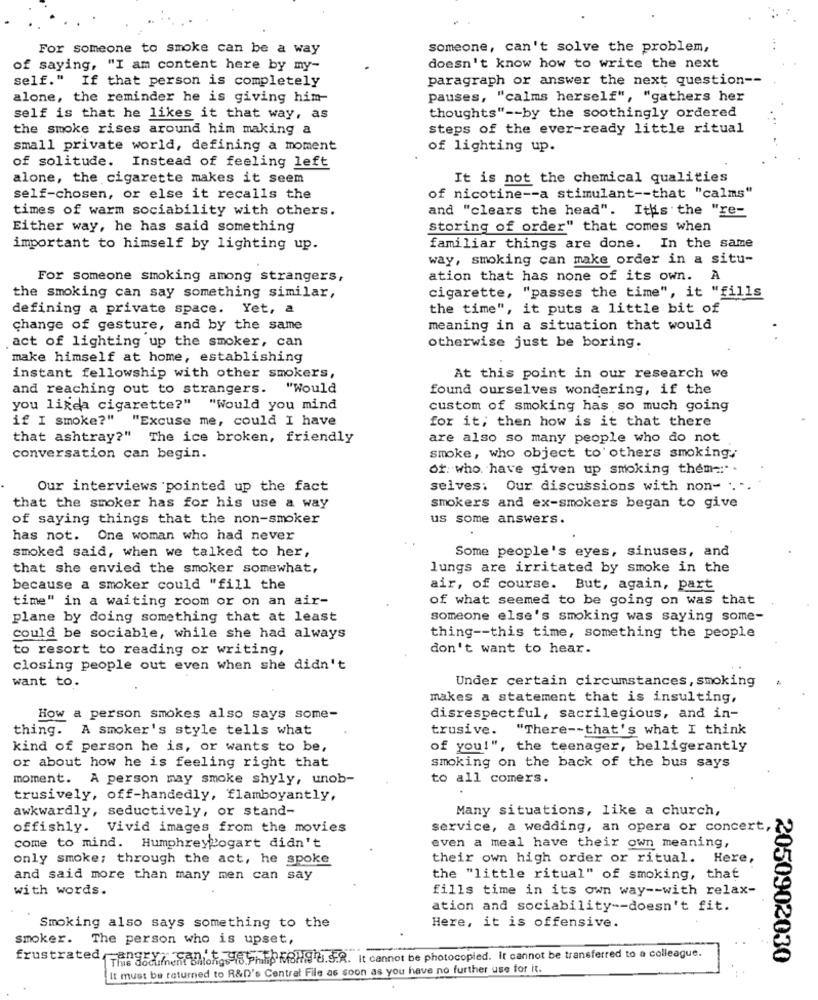
For someone to smoke can be a way
someone, can't solve the problem,
of saying, "I am content here by my-
doesn't know how to write the next
self." If that person is completely
paragraph or answer the next question --
alone, the reminder he is giving him-
pauses, "calms herself", "gathers her
self is that he likes it that way, as
thoughts" -- by the soothingly ordered
the smoke rises around him making a
steps of the ever-ready little ritual
small private world, defining a moment
of lighting up.
of solitude. Instead of feeling left
alone, the cigarette makes it seem
It is not the chemical qualities
self-chosen, or else it recalls the
of nicotine -- a stimulant -- that "calms"
times of warm sociability with others.
and "clears the head". It's the "re-
Either way, he has said something
storing of order" that comes when
important to himself by lighting up.
familiar things are done. In the same
way, smoking can make order in a situ-
For someone smoking among strangers,
ation that has none of its own. A
the smoking can say something similar,
cigarette, "passes the time", it "fills
defining a private space. Yet, a
the time", it puts a little bit of
change of gesture, and by the same
meaning in a situation that would
act of lighting up the smoker, can
otherwise just be boring.
make himself at home, establishing
instant fellowship with other smokers,
At this point in our research we
and reaching out to strangers. "Would
found ourselves wondering, if the
you likea cigarette?" "Would you mind
custom of smoking has so much going
if I smoke?" "Excuse me, could I have
for it; then how is it that there
that ashtray?" The ice broken, friendly
are also so many people who do not
conversation can begin.
smoke, who object to others smoking,
of who have given up smoking them -: ".
Our interviews pointed up the fact
selves: Our discussions with non- ....
that the smoker has for his use a way
smokers and ex-smokers began to give
of saying things that the non-smoker
us some answers.
has not. One woman who had never
smoked said, when we talked to her,
Some people's eyes, sinuses, and
that she envied the smoker somewhat,
lungs are irritated by smoke in the
because a smoker could "fill the
air, of course. But, again, part
time" in a waiting room or on an air-
of what seemed to be going on was that
plane by doing something that at least
someone else's smoking was saying some-
could be sociable, while she had always
thing -- this time, something the people
to resort to reading or writing,
don't want to hear.
closing people out even when she didn't
want to.
Under certain circumstances, smoking
makes a statement that is insulting,
How a person smokes also says some-
disrespectful, sacrilegious, and in-
thing. A smoker's style tells what
trusive.
"There -- that's what I think
kind of person he is, or wants to be,
of you!", the teenager, belligerantly
or about how he is feeling right that
smoking on the back of the bus says
moment. A person may smoke shyly, unob-
to all comers.
trusively, off-handedly, flamboyantly,
awkwardly, seductively, or stand-
Many situations, like a church,
offishly. Vivid images from the movies
service, a wedding, an opera or concert,
come to mind. Humphreybogart didn't
even a meal have their own meaning,
only smoke; through the act, he spoke
their own high order or ritual. Here,
and said more than many men can say
the "little ritual" of smoking, that
with words.
fills time in its own way -- with relax-
ation and sociability -- doesn't fit.
Smoking also says something to the
Here, it is offensive.
smoker.
The person who is upset,
frustrated,angry
This document bhilongs
Bio 5FP BHS u.S.R. It cannot be photocopied. It cannot be transferred to a colleague.
2050902030
It must be returned to R&D's Central File as soon as you have no further use for it.